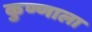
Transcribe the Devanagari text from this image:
कुण्णाला